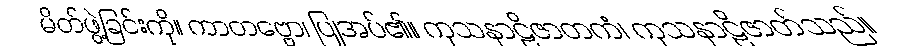
မိတ်ဖွဲ့ခြင်းကို။ ကာတဗ္ဗော၊ ပြုအပ်၏။ ကုသနာဠိဇာတကံ၊ ကုသနာဠိဇာတ်သည်။